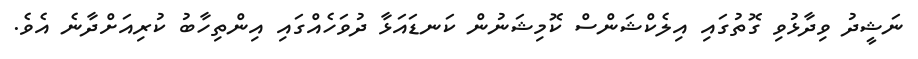
ނަޝީދު ވިދާޅުވި ގޮތުގައި އިލެކްޝަންސް ކޮމިޝަނުން ކަނޑައަޅާ ދުވަހެއްގައި އިންތިހާބު ކުރިއަށްދާނެ އެވެ.